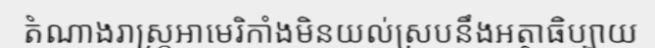
តំណាងរាស្ត្រអាមេរិកាំងមិនយល់ស្របនឹងអត្ថាធិប្បាយ